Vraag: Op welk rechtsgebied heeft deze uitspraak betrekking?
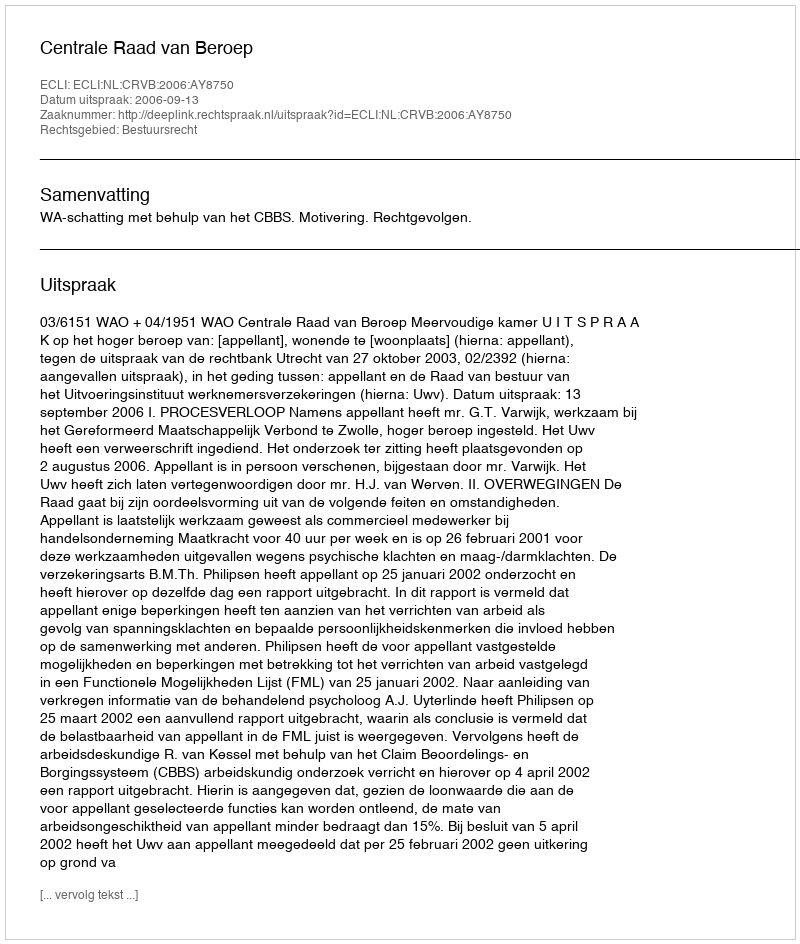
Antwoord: Bestuursrecht